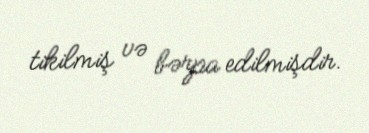
tikilmiş və bərpa edilmişdir.